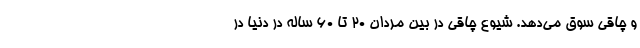
و چاقی سوق می‌دهد. شیوع چاقی در بین مردان ۲۰ تا ۶۰ ساله در دنیا در